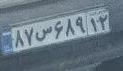
۸۷س۶۸۹۱۲